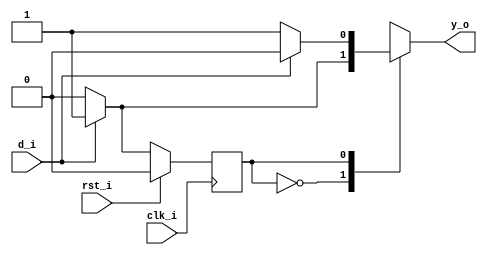
//--------------------------------------------------------------------------------
// Dependencies : 
// Description  : Logic to detect both edges using melay FSM
//--------------------------------------------------------------------------------

module both_edge_melay_fsm(
  input      clk_i , // Input Clock
  input      rst_i , // Reset
  input      d_i   , // Data Input
  output reg y_o     // Edge detected  
);
  
  reg  c_state;
  reg  n_state;
  
  localparam S0 = 1'b0;
  localparam S1 = 1'b1;
  
  // Sequential state change logic
  always@(posedge clk_i)begin
    if(rst_i)begin
	  c_state <= S0;
	end else begin
	  c_state <= n_state;
	end
  end
  
  // Combinational next state logic and output logic
  always@(*)begin
    case(c_state)
	  S0 : begin
	    if(d_i)begin
		// When 1 is detected move to state S1 making output 1
		  n_state = S1;
		  y_o     = 1'b1;
		end else begin
		  n_state = S0;
		  y_o     = 1'b0;
		end
	  end
	  S1 : begin
	    if(!d_i)begin
	    // When 0 is detected move to state S0 making output 1
		  n_state = S0;
		  y_o     = 1'b1;
		end else begin
		  n_state = S1;
		  y_o     = 1'b0;
		end
	  end
	endcase
  end

endmodule